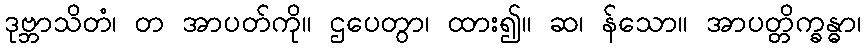
ဒုဗ္ဘာသိတံ၊ တ အာပတ်ကို။ ဌပေတွာ၊ ထား၍။ ဆ၊ န်သော။ အာပတ္တိက္ခန္ဓာ၊